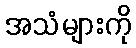
အသံများကို